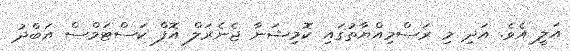
އަލީ އެވެ. އަދި މި ރަސްމިއްޔާތުގައި ކޮމިޝަނާ ޖެނެރަލް އޮފް ކަސްޓަމްސް އަބްދު